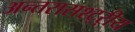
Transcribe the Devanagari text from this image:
अन्तरासश्ट्ऱीय